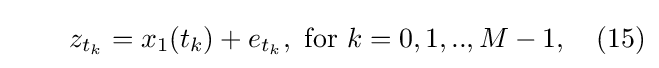
\qquad z_{t_{k}}=x_{1}(t_{k})+e_{t_{k}},{\text{ for }}k=0,1,..,M-1,\quad (15)